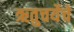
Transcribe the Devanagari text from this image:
ऋतुचर्येचे